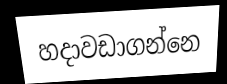
හදාවඩාගන්නෙ